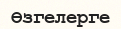
Өзгелерге